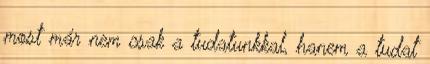
most már nem csak a tudatunkkal, hanem a tudat